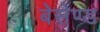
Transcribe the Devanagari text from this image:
बेसेण्ड